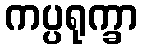
ကပ္ပရုက္ခာ